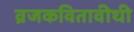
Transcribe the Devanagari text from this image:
व्रजकवितावीथी